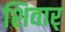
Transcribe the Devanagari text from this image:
शिवार्